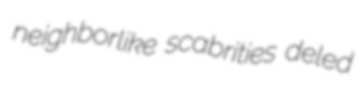
neighborlike scabrities deled